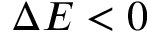
\Delta E < 0